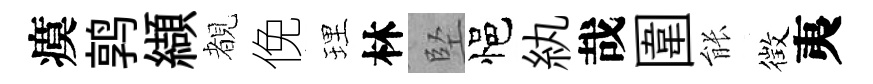
瘼鹑纈覩俛理林堅悒紈哉圍䏻徴夷